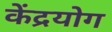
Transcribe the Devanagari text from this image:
केंद्रयोग